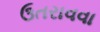
ઉતરાવવા